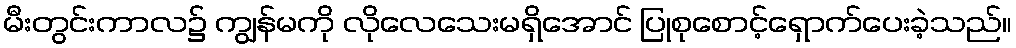
မီးတွင်းကာလ၌ ကျွန်မကို လိုလေသေးမရှိအောင် ပြုစုစောင့်ရှောက်ပေးခဲ့သည်။